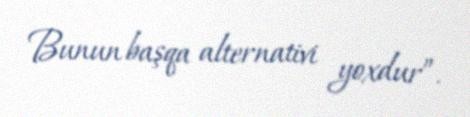
Bunun başqa alternativi yoxdur”.